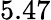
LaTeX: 5.47